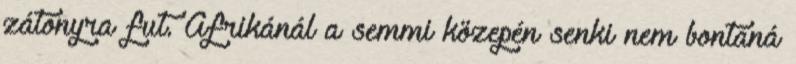
zátonyra fut. Afrikánál a semmi közepén senki nem bontaná